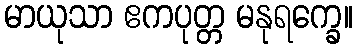
မာယုသာ ဧကပုတ္တ မနုရက္ခေ။